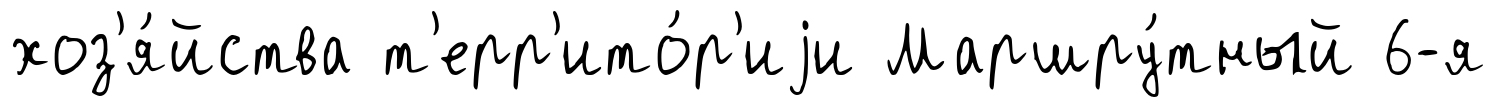
хоз'я́йства т'ерр'ито́р'иjи Маршру́тный 6-я